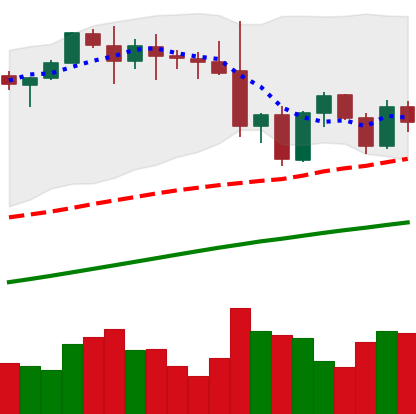
Ticker: ETH-USD
Chart end date: 2021-11-24
Forward return: 4.838%
Label: up_3_5